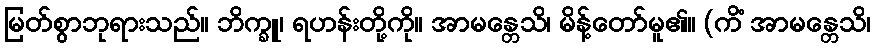
မြတ်စွာဘုရားသည်။ ဘိက္ခူ၊ ရဟန်းတို့ကို။ အာမန္တေသိ၊ မိန့်တော်မူ၏။ (ကိံ အာမန္တေသိ၊